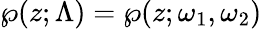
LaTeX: \wp(z;\Lambda)=\wp(z;\omega_{1},\omega_{2})